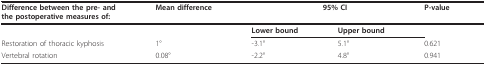
| Difference between the pre- andthe postoperative measures of: | Mean difference | <COLSPAN=2> 95% CI | P-value |
 | --- | --- | --- | --- | --- |
 |  |  | Lower bound | Upper bound |  |
 | Restoration of thoracic kyphosis | 1° | -3.1° | 5.1° | 0.621 |
 | Vertebral rotation | 0.08° | -2.2° | 4.8° | 0.941 |